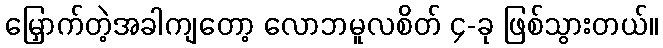
မြှောက်တဲ့အခါကျတော့ လောဘမူလစိတ် ၄-ခု ဖြစ်သွားတယ်။